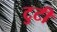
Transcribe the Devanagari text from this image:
टुटी